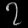
Digit: ၇